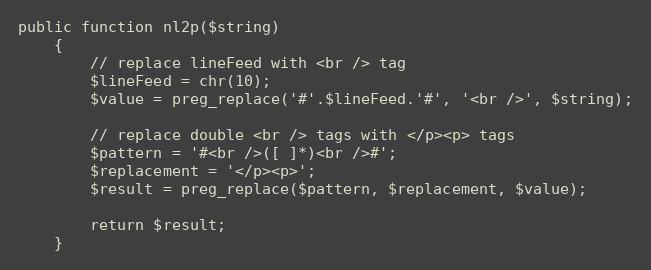
Language: PHP
public function nl2p($string)
    {
        // replace lineFeed with <br /> tag
        $lineFeed = chr(10);
        $value = preg_replace('#'.$lineFeed.'#', '<br />', $string);

        // replace double <br /> tags with </p><p> tags
        $pattern = '#<br />([ ]*)<br />#';
        $replacement = '</p><p>';
        $result = preg_replace($pattern, $replacement, $value);

        return $result;
    }